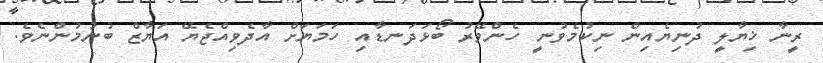
ރީނާ ޚިޔާލީ ދުނިޔެއިން ނިކުމެވުނީ ހެންވޭރު ބޯޅަދަނޑާއި ހަމަޔަށް އާދެވިއްޖެޔޭ އަޔާޒް ބުނުމުންނެވެ.